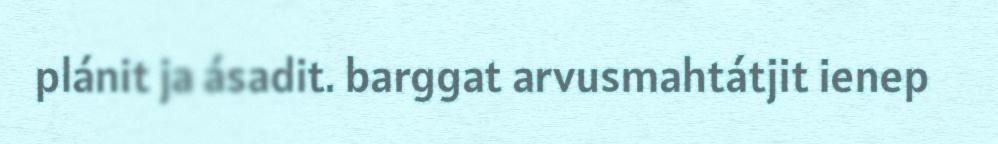
plánit ja ásadit. barggat arvusmahtátjit ienep